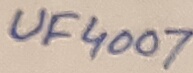
Text: UF4007